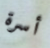
أسرة